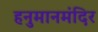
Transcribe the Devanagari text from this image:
हनुमानमंदिर